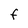
Character: F